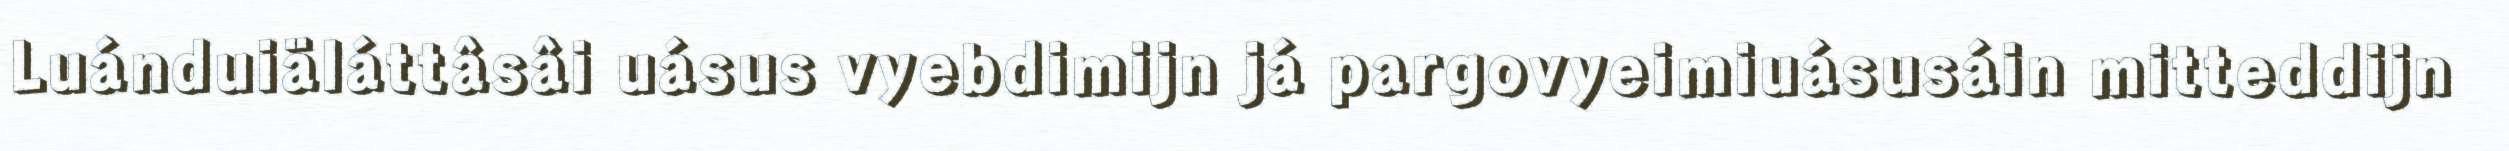
Luánduiäláttâsâi uásus vyebdimijn já pargovyeimiuásusáin mitteddijn